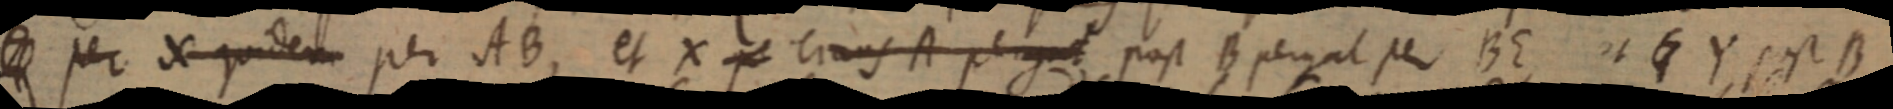
Z per X quidem per AB, et X circus A pergut post B pergal per BE, et Y est B